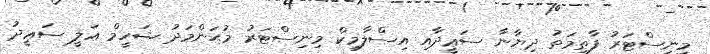
މިނިސްޓަރު ފާޠިމަތު ދިޔާނާ ސަޢީދާއި އިސްލާމިކް މިނިސްޓަރު މުޙަންމަދު ޝަހީމް ޢަލީ ސަޢީދު